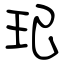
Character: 玘